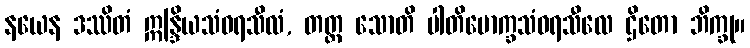
နယေန ဒဿိတံ ဣန္ဒြိယသံဝရသီလံ, တတ္ထ သောတိ ပါတိမောက္ခသံဝရသီလေ ဌိတော ဘိက္ခု။